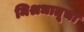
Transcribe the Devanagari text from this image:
मिश्रधातूचा